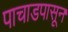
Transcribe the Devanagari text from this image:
पाचाडपासून